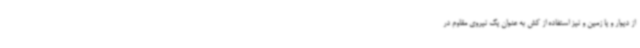
از دیوار و یا زمین و نیز استفاده از کش به عنوان یک نیروی مقاوم در